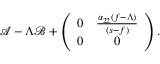
\mathcal { A } - \Lambda \mathcal { B } + \left( \begin{array} { c c } { 0 } & { \frac { \alpha _ { 2 2 } ( f - \Lambda ) } { ( s - f ) } } \\ { 0 } & { 0 } \end{array} \right) .